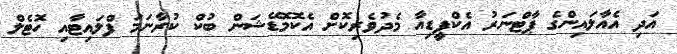
އަދި އެއާލައިންގެ ޕާޓްނަރު އެކްޕީޑިއާ މެދުވެރިކޮށް އެކޮމޮޑޭޝަން ބުކް ކުރާނަމަ ފްލައިޓާއި ހޮޓެލް